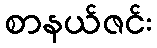
စာနယ်ဇင်း